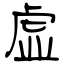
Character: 虚